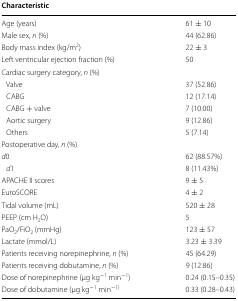
| Characteristic |  |
 | --- | --- |
 | Age (years) | 61 ± 10 |
 | Male sex, n (%) | 44 (62.86) |
 | Body mass index (kg/m2) | 22 ± 3 |
 | Left ventricular ejection fraction (%) | 50 |
 | <COLSPAN=2> Cardiac surgery category, n (%) |
 | Valve | 37 (52.86) |
 | CABG | 12 (17.14) |
 | CABG + valve | 7 (10.00) |
 | Aortic surgery | 9 (12.86) |
 | Others | 5 (7.14) |
 | <COLSPAN=2> Postoperative day, n (%) |
 | d0 | 62 (88.57%) |
 | d1 | 8 (11.43%) |
 | APACHE II scores | 9 ± 5 |
 | EuroSCORE | 4 ± 2 |
 | Tidal volume (mL) | 520 ± 28 |
 | PEEP (cm H2O) | 5 |
 | PaO2/FiO2 (mmHg) | 123 ± 57 |
 | Lactate (mmol/L) | 3.23 ± 3.39 |
 | Patients receiving norepinephrine, n (%) | 45 (64.29) |
 | Patients receiving dobutamine, n (%) | 9 (12.86) |
 | Dose of norepinephrine (μg kg−1 min−1) | 0.24 (0.15–0.35) |
 | Dose of dobutamine (μg kg−1 min−1) | 0.33 (0.28–0.43) |